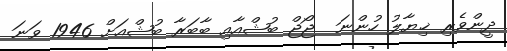
ދީންވެރި ޚިޔާލު ހުންނަ  ޖޯޖް ބުޝްއާއި ބާބަރާ ބުޝްއަށް 1946 ވަނަ